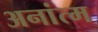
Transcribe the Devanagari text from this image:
अनांत्म